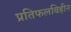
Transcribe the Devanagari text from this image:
प्रतिफलविहीन